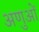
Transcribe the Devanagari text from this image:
अणुआें